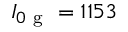
I _ { 0 \mathrm { ~ g ~ } } = 1 1 5 3